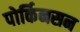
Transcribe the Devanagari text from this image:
पोर्किनसन